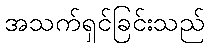
အသက်ရှင်ခြင်းသည်